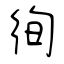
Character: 徇